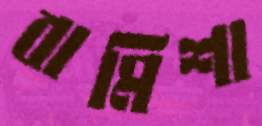
বামিশা